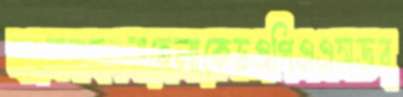
হংসবাহনমাহেলাকেভএপিএএসডব্